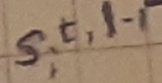
Text: s,t,l